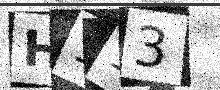
Text: H113